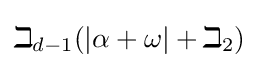
\beth _{d-1}(|\alpha +\omega |+\beth _{2})